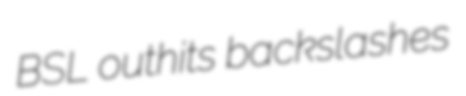
BSL outhits backslashes